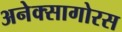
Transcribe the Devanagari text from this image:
अनेक्सागोरस